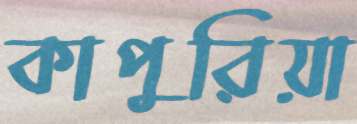
কাপুরিয়া